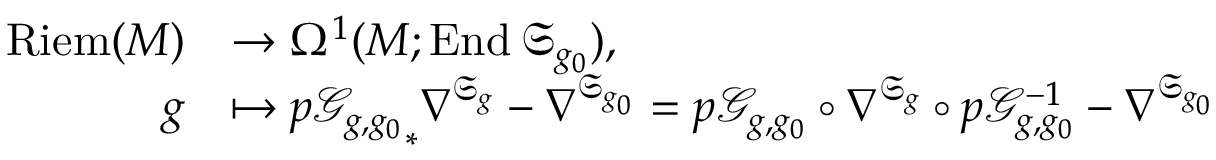
\begin{array} { r l } { \mathrm { R i e m } ( M ) } & { \rightarrow \Omega ^ { 1 } ( M ; \mathrm { E n d } \, \mathfrak { S } _ { g _ { 0 } } ) , } \\ { g } & { \mapsto { p \mathcal { G } _ { g , g _ { 0 } } } _ { \ast } \nabla ^ { \mathfrak { S } _ { g } } - \nabla ^ { \mathfrak { S } _ { g _ { 0 } } } = p \mathcal { G } _ { g , g _ { 0 } } \circ \nabla ^ { \mathfrak { S } _ { g } } \circ p \mathcal { G } _ { g , g _ { 0 } } ^ { - 1 } - \nabla ^ { \mathfrak { S } _ { g _ { 0 } } } } \end{array}